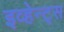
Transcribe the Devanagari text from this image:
इव्हेन्ट्‌स